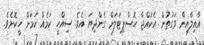
އާއިލާއިން ވަގުތުން އެކުއްޖާ ހޮސްޕިޓަލަށް ގެންދިޔަ އެވެ. ސިއްހީ ކަމެއް ކަމަށް ހީކޮށެވެ.